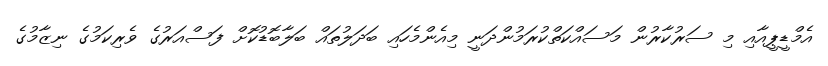
އެމްޑީޕީއާއި މި ސަރުކާރުން މަސައްކަތްކުރަމުންދަނީ މިއެންމެހައި ބަދަލުތައް ބަލާބޮޑުކޮށް ފަސްއަރުގެ ވެރިކަމުގެ ނިޒާމުގެ